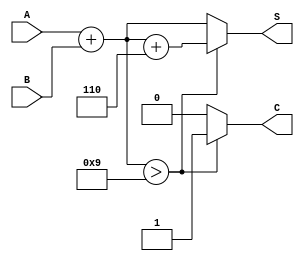
module BCD_Redundant_Binary_Adder (
    input [3:0] A,      // BCD input A
    input [3:0] B,      // BCD input B
    output reg [4:0] S, // Redundant binary output (5 bits)
    output reg C        // Carry out
);

    wire [4:0] sum;     // Intermediate sum (5 bits)
    wire [4:0] corrected_sum; // Corrected sum after BCD adjustment

    // Step 1: Perform the initial addition
    assign sum = {1'b0, A} + {1'b0, B}; // Zero-extend A and B to 5 bits

    // Step 2: BCD Correction Logic
    always @(*) begin
        if (sum > 5'd9) begin
            corrected_sum = sum + 5'b0110; // Add 6 to correct BCD
            C = 1'b1; // Set carry out
        end else begin
            corrected_sum = sum; // No correction needed
            C = 1'b0; // No carry out
        end

        // Step 3: Assign the output
        S = corrected_sum; // Assign the final output
    end

endmodule